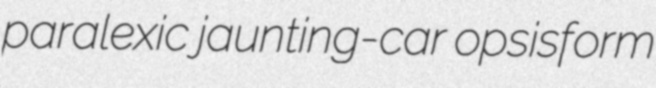
paralexic jaunting-car opsisform